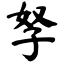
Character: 孥